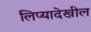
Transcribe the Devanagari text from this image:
लिप्यादेखील